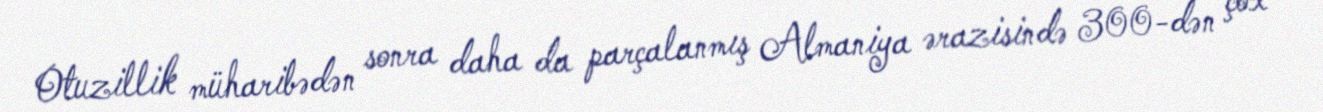
Otuzillik müharibədən sonra daha da parçalanmış Almaniya ərazisində 300-dən çox